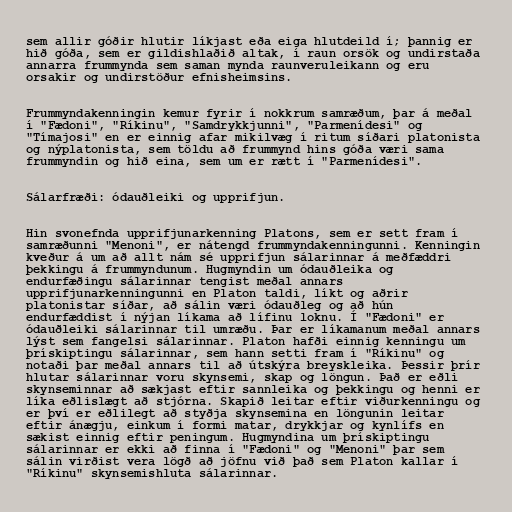
sem allir góðir hlutir líkjast eða eiga hlutdeild í; þannig er
hið góða, sem er gildishlaðið altak, í raun orsök og undirstaða
annarra frummynda sem saman mynda raunveruleikann og eru
orsakir og undirstöður efnisheimsins.

Frummyndakenningin kemur fyrir í nokkrum samræðum, þar á meðal
í "Fædoni", "Ríkinu", "Samdrykkjunni", "Parmenídesi" og
"Tímajosi" en er einnig afar mikilvæg í ritum síðari platonista
og nýplatonista, sem töldu að frummynd hins góða væri sama
frummyndin og hið eina, sem um er rætt í "Parmenídesi".

Sálarfræði: ódauðleiki og upprifjun.

Hin svonefnda upprifjunarkenning Platons, sem er sett fram í
samræðunni "Menoni", er nátengd frummyndakenningunni. Kenningin
kveður á um að allt nám sé upprifjun sálarinnar á meðfæddri
þekkingu á frummyndunum. Hugmyndin um ódauðleika og
endurfæðingu sálarinnar tengist meðal annars
upprifjunarkenningunni en Platon taldi, líkt og aðrir
platonistar síðar, að sálin væri ódauðleg og að hún
endurfæddist í nýjan líkama að lífinu loknu. Í "Fædoni" er
ódauðleiki sálarinnar til umræðu. Þar er líkamanum meðal annars
lýst sem fangelsi sálarinnar. Platon hafði einnig kenningu um
þrískiptingu sálarinnar, sem hann setti fram í "Ríkinu" og
notaði þar meðal annars til að útskýra breyskleika. Þessir þrír
hlutar sálarinnar voru skynsemi, skap og löngun. Það er eðli
skynseminnar að sækjast eftir sannleika og þekkingu og henni er
líka eðlislægt að stjórna. Skapið leitar eftir viðurkenningu og
er því er eðlilegt að styðja skynsemina en löngunin leitar
eftir ánægju, einkum í formi matar, drykkjar og kynlífs en
sækist einnig eftir peningum. Hugmyndina um þrískiptingu
sálarinnar er ekki að finna í "Fædoni" og "Menoni" þar sem
sálin virðist vera lögð að jöfnu við það sem Platon kallar í
"Ríkinu" skynsemishluta sálarinnar.